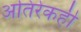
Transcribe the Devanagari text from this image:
अतिरेकही